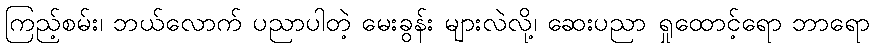
ကြည့်စမ်း၊ ဘယ်လောက် ပညာပါတဲ့ မေးခွန်း များလဲလို့၊ ဆေးပညာ ရှုထောင့်ရော ဘာရော